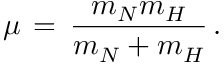
\mu \, = \, \frac { m _ { N } m _ { H } } { m _ { N } + m _ { H } } \, .